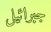
جبرائيل